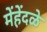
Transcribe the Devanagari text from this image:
मेंहेंदळे